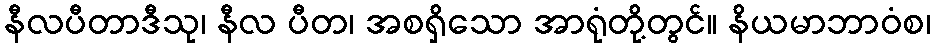
နီလပီတာဒီသု၊ နီလ ပီတ၊ အစရှိသော အာရုံတို့တွင်။ နိယမာဘာဝံစ၊